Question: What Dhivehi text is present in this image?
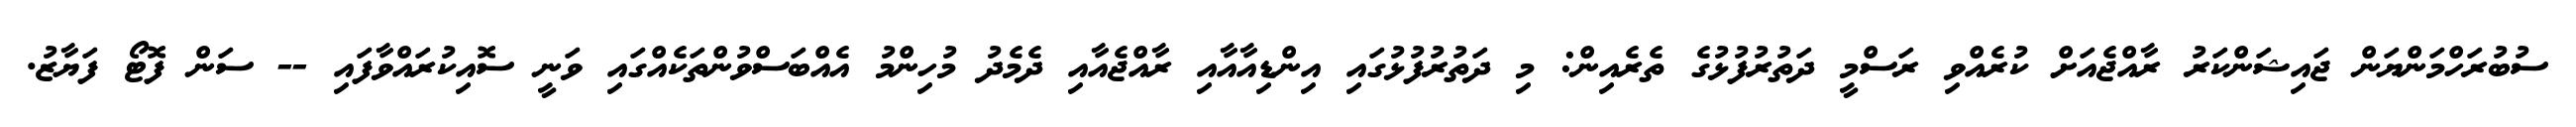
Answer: ސުބުރަހްމަންޔަން ޖައިޝަންކަރު ރާއްޖެއަށް ކުރެއްވި ރަސްމީ ދަތުރުފުޅުގެ ތެރެއިން: މި ދަތުރުފުޅުގައި އިންޑިއާއާއި ރާއްޖެއާއި ދެމެދު މުހިންމު އެއްބަސްވުންތަކެއްގައި ވަނީ ސޮއިކުރައްވާފައި -- ސަން ފޮޓޯ ފަޔާޒު.